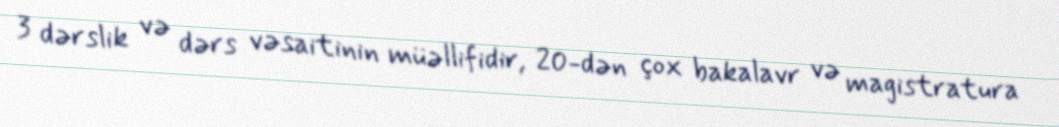
3 dərslik və dərs vəsaitinin müəllifidir, 20-dən çox bakalavr və magistratura